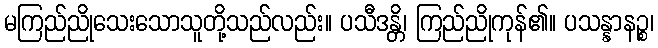
မကြည်ညိုသေးသောသူတို့သည်လည်း။ ပသီဒန္တိ၊ ကြည်ညိုကုန်၏။ ပသန္နာနဉ္စ၊